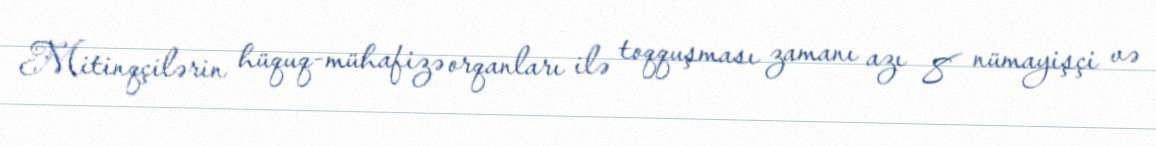
Mitinqçilərin hüquq-mühafizə orqanları ilə toqquşması zamanı azı 8 nümayişçi və